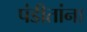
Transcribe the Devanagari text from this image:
पंडीतांना